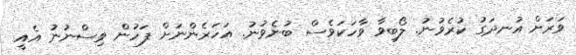
ވަރަށް އުނދަގު ކުރެވުނު. ލޯބިވާ ވާހަކަވެސް ބުނެވުނު. އަހަރެންނަށް ފަހުން ވިސްނުނު އެއީ